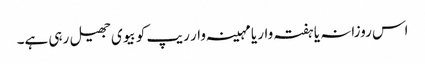
اس روزانہ یا ہفتہ وار یا مہینہ وار ریپ کو بیوی جھیل رہی ہے۔